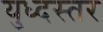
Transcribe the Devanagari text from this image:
युध्दस्तर